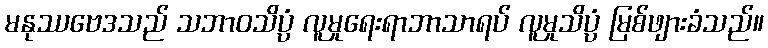
မနုဿဗေဒသည် သဘာဝသိပ္ပံ လူမှုရေးရာဘာသာရပ် လူမှုသိပ္ပံ မြစ်ဖျားခံသည်။